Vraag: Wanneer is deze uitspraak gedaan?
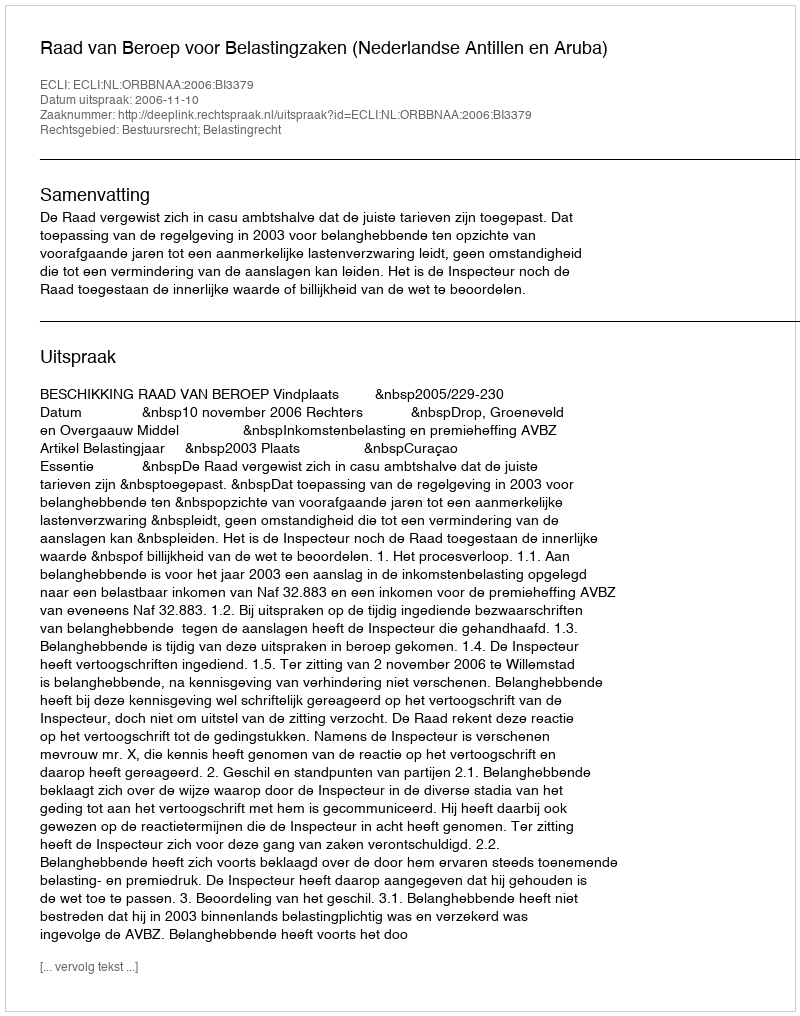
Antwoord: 2006-11-10